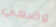
وضعي